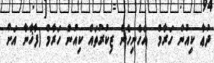
ދުޢާ ކިއުން ހަރާމް  އެހެނިހެން ޒިކުރުތައް ކިއުން ހަރާމް (ފާޚާނާ އަށް